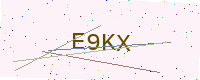
Text: E9KX